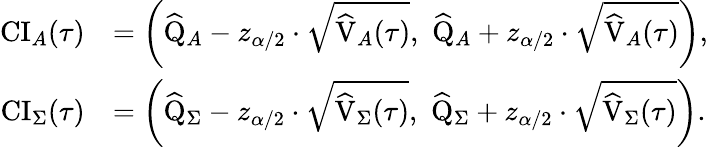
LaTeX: \begin{array}{rl}{\mathrm{CI}_{A}(\tau)}&{=\left(\widehat{\mathrm{Q}}_{A}-{z_{\alpha/2}}\cdot\sqrt{\widehat{\mathrm{V}}_{A}(\tau)},\, \, \widehat{\mathrm{Q}}_{A}+{z_{\alpha/2}}\cdot\sqrt{\widehat{\mathrm{V}}_{A}(\tau)}\right),}\\ {\mathrm{CI}_{\Sigma}(\tau)}&{=\left(\widehat{\mathrm{Q}}_{\Sigma}-{z_{\alpha/2}}\cdot\sqrt{\widehat{\mathrm{V}}_{\Sigma}(\tau)},\, \, \widehat{\mathrm{Q}}_{\Sigma}+{z_{\alpha/2}}\cdot\sqrt{\widehat{\mathrm{V}}_{\Sigma}(\tau)}\right).}\end{array}